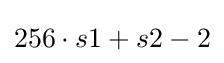
256\cdot s1+s2-2